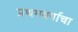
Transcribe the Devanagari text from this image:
प्रथमवर्गाचा